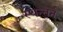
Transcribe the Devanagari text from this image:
स्थन्तर्र्न